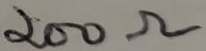
Text: 200Ω